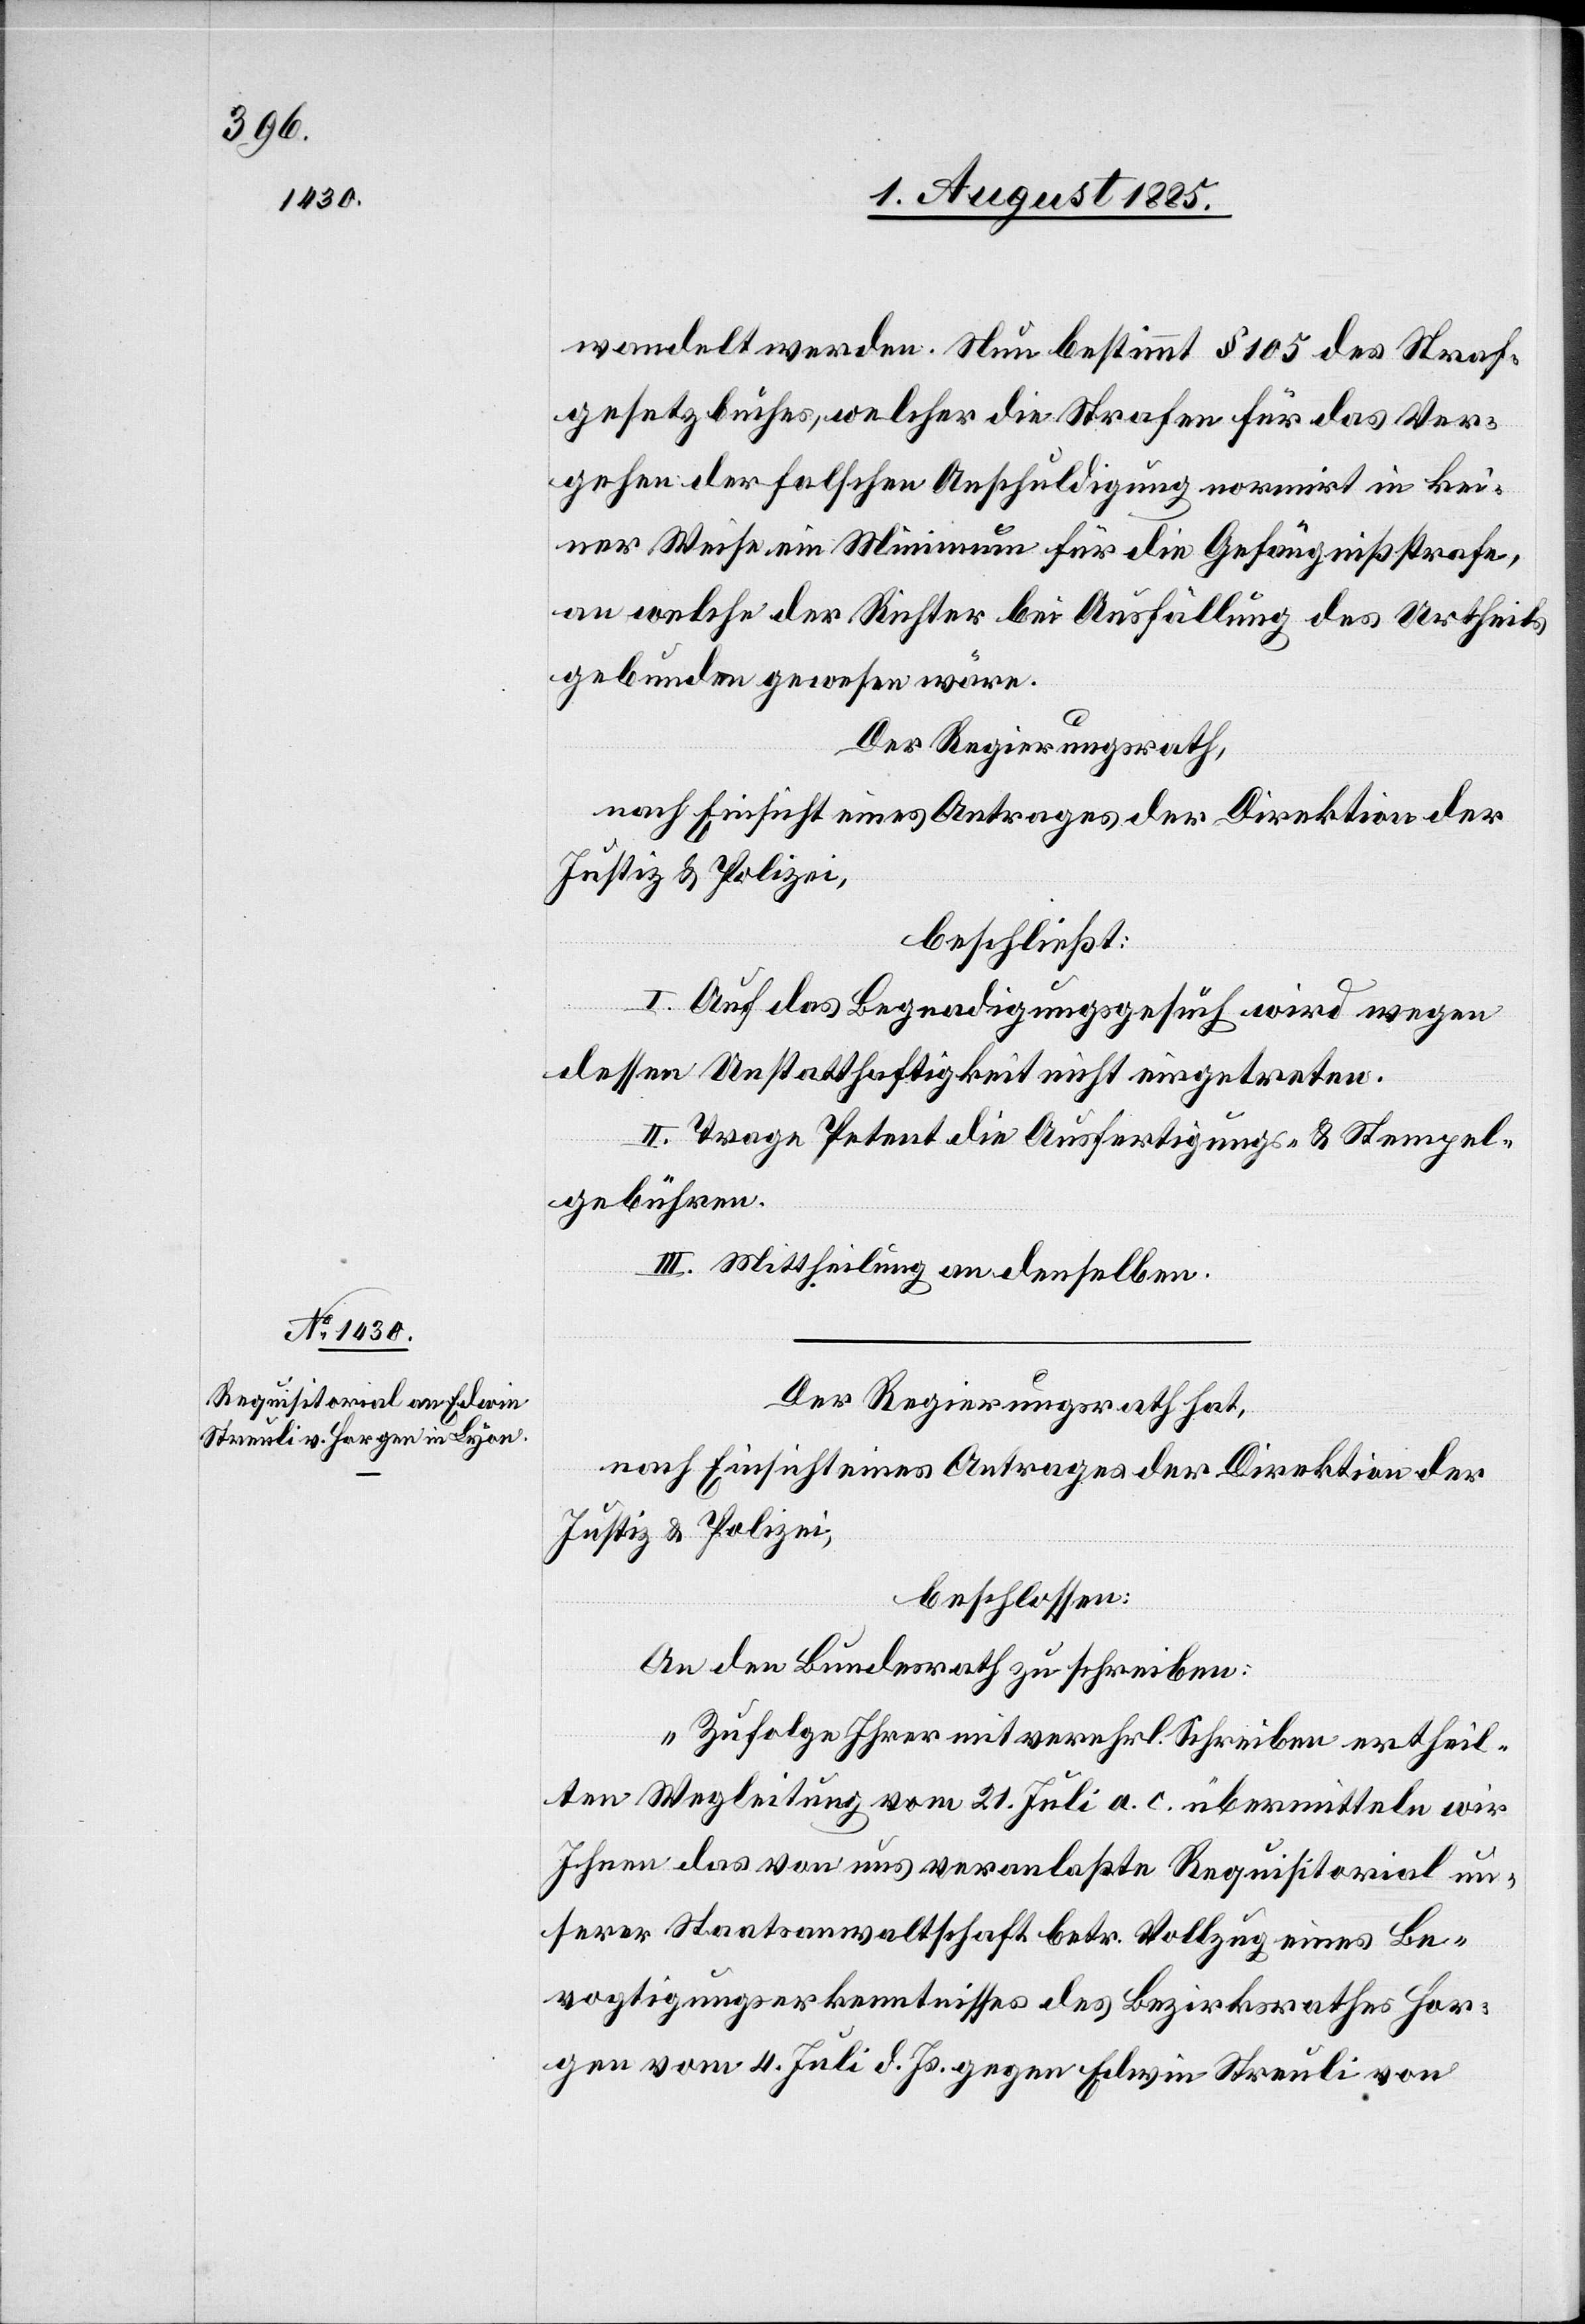
wandelt werden. Neu bestimmt § 105 des Straf¬
gesetzbuches, welcher die Strafen für das Ver¬
gehen der falschen Anschuldigung normirt in kei¬
ner Weise ein Minimum für die Gefängnißstrafe,
an welche der Richter bei Ausfällung des Urtheils
gebunden gewesen wäre.
Der Regierungsrath,
nach Einsicht eines Antrages der Direktion der
Justiz & Polizei,
beschließt:
I. Auf das Begnadigungsgesuch wird wegen
dessen Unstatthaftigkeit nicht eingetreten.
II. Trage Petent die Ausfertigungs- & Stempel¬
gebühren.
III. Mittheilung an denselben.
Der Regierungsrath hat,
nach Einsicht eines Antrages der Direktion der
Justiz & Polizei,
beschlossen:
An den Bundesrath zu schreiben:
„Zufolge Ihrer mit verehrl. Schreiben ertheil¬
ten Wegleitung vom 21. Juli a. c. übermitteln wir
Ihnen das von uns veranlaßte Requisitorial un¬
serer Staatsanwaltschaft betr. Vollzug eines Be¬
vogtigungserkenntnisses des Bezirksrathes Hor¬
gen vom 4. Juli d. Js. gegen Edwin Streuli von